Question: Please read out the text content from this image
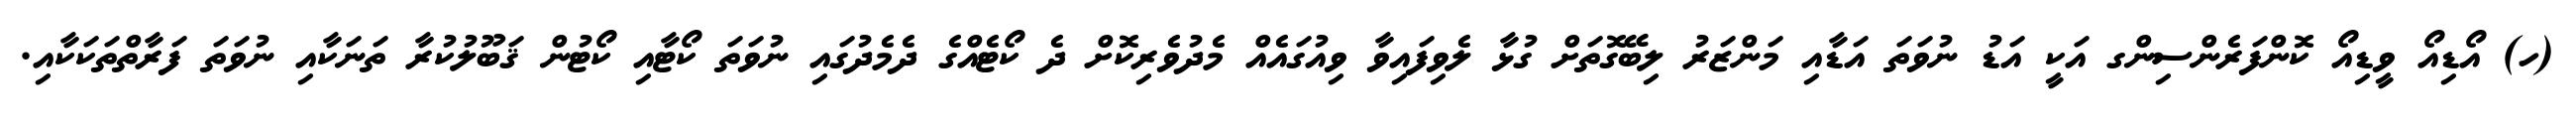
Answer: (ހ) އޯޑިއޯ ވީޑިއޯ ކޮންފަރެންސިންގ އަކީ އަޑު ނުވަތަ އަޑާއި މަންޒަރު ލިބޭގޮތަށް ގުޅާ ލެވިފައިވާ ވިއުގައެއް މެދުވެރިކޮށް ދެ ކޯޓެއްގެ ދެމެދުގައި ނުވަތަ ކޯޓާއި ކޯޓުން ޤަބޫލުކުރާ ތަނަކާއި ނުވަތަ ފަރާތްތަކަކާއި.